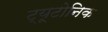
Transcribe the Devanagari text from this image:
ट्यूटोनिक